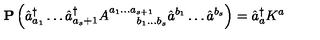
{ \bf P } \left( \hat { a } _ { a _ { 1 } } ^ { \dagger } \ldots \hat { a } _ { a _ { s } + 1 } ^ { \dagger } A _ { \quad \quad b _ { 1 } \ldots b _ { s } } ^ { a _ { 1 } \ldots a _ { s + 1 } } \hat { a } ^ { b _ { 1 } } \ldots \hat { a } ^ { b _ { s } } \right) = \hat { a } _ { a } ^ { \dagger } K ^ { a }